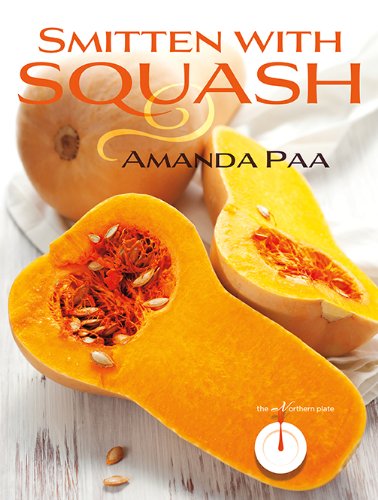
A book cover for Smitten with Squash (Northern Plate); Amanda Kay Paa; Cookbooks, Food & Wine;